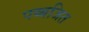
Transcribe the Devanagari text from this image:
पब्बजित